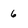
Character: 6